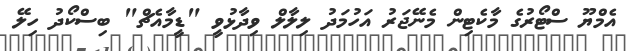
އެމްޔޫ ސްޓޯރުގެ މާކެޓިން މެނޭޖަރު އަހުމަދު ލިލާލް ވިދާޅުވީ "ޑީމާއެޗް" ބިސްކޯދު ހިލޭ